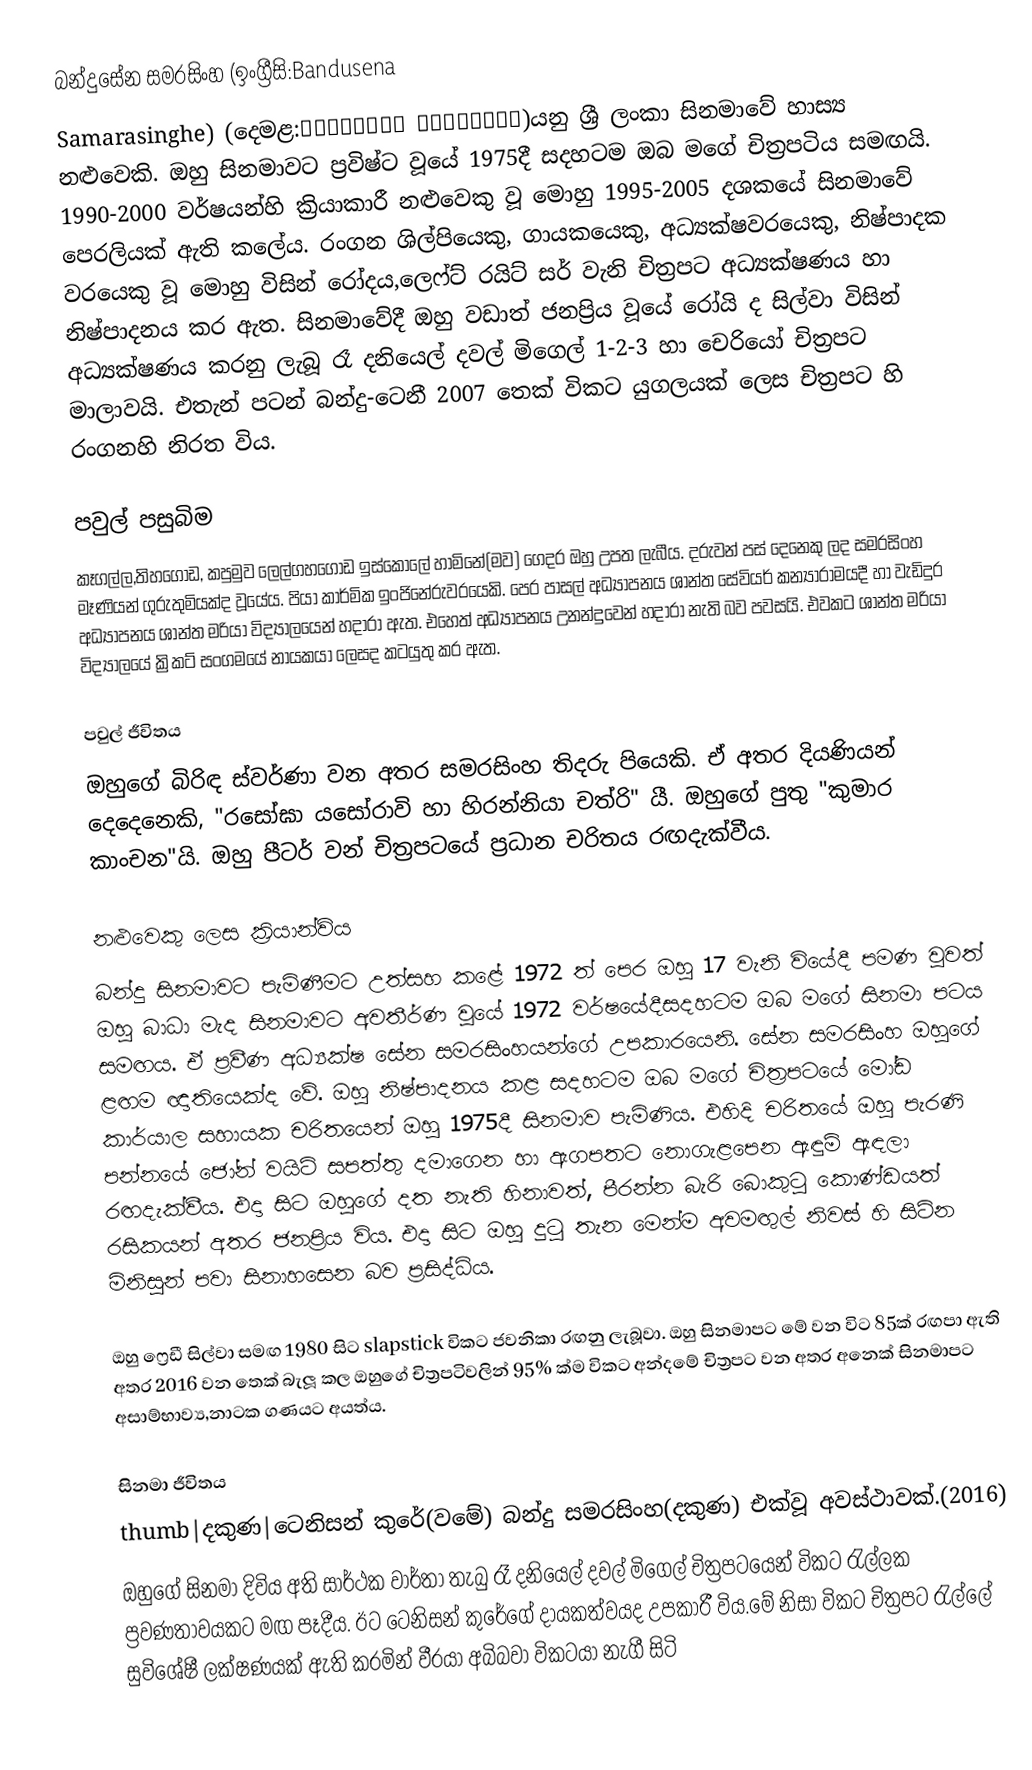
බන්දුසේන සමරසිංහ (ඉංග්‍රීසි:Bandusena
 Samarasinghe) (දෙමළ:பந்துசேன சமரசிங்க)යනු ශ්‍රී ලංකා සිනමාවේ හාස්‍ය නළුවෙකි. ඔහු සිනමාවට ප්‍රවිෂ්ට වූයේ 1975දී සදහටම ඔබ මගේ චිත්‍රපටිය සමඟයි. 1990-2000 වර්ෂයන්හි ක්‍රියාකාරී නළුවෙකු වූ මොහු 1995-2005 දශකයේ සිනමාවේ පෙරලියක් ඇති කලේය. රංගන ශිල්පියෙකු, ගායකයෙකු, අධ්‍යක්ෂවරයෙකු, නිෂ්පාදක වරයෙකු වූ මොහු විසින් රෝදය,ලෙෆ්ට් රයිට් සර් වැනි චිත්‍රපට අධ්‍යක්ෂණය හා නිෂ්පාදනය කර ඇත. සිනමාවේදී ඔහු වඩාත් ජනප්‍රිය වූයේ රෝයි ද සිල්වා විසින් අධ්‍යක්ෂණය කරනු ලැබූ රෑ දනියෙල් දවල් මිගෙල් 1-2-3 හා චෙරියෝ චිත්‍රපට මාලාවයි. එතැන් පටන් බන්දු-ටෙනී 2007 තෙක් විකට යුගලයක් ලෙස චිත්‍රපට හි රංගනහි නිරත විය.

පවුල් පසුබිම
කෑගල්ල,තිහගොඩ, කපුමුව ලෙල්ගහගොඩ ඉස්කෝලේ හාමිනේ(මව) ගෙදර ඔහු උපත ලැබීය. දරුවන් පස් දෙනෙකු ලද සමරසිංහ මෑණියන් ගුරුතුමියක්ද වූයේය. පියා කාර්මික ඉංජිනේරුවරයෙකි. පෙර පාසල් අධ්‍යාපනය ශාන්ත සේවියර් කන්‍යාරාමයදී හා වැඩිදුර අධ්‍යාපනය  ශාන්ත මරියා විද්‍යාලයෙන් හදාරා ඇත. එහෙත් අධ්‍යාපනය උනන්දුවෙන් හදාරා නැති බව පවසයි. එවකට ශාන්ත මරියා විද්‍යාලයේ ක්‍රිකට් සංගමයේ නායකයා ලෙසද කටයුතු කර ඇත.

පවුල් ජීවිතය
ඔහුගේ බිරිඳ ස්වර්ණා වන අතර සමරසිංහ තිදරු පියෙකි. ඒ අතර දියණියන් දෙදෙනෙකි, "රසෝඝා යසෝරාවි හා හිරන්නියා චත්රි" යී. ඔහුගේ පුතු "කුමාර කාංචන"යි. ඔහු පීටර් වන් චිත්‍රපටයේ ප්‍රධාන චරිතය රඟදැක්වීය.

නළුවෙකු ලෙස ක්‍රියාන්විය
බන්දු සිනමාවට පැමිණීමට උත්සහ කළේ 1972 ත් පෙර ඔහු 17 වැනි වියේදී පමණ වුවත් ඔහු බාධා මැද සිනමාවට අවතීර්ණ වූයේ 1972 වර්ෂයේදීසදහටම ඔබ මගේ සිනමා පටය සමඟය. ඒ ප්‍රවීණ අධ්‍යක්ෂ සේන සමරසිංහයන්ගේ උපකාරයෙනි. සේන සමරසිංහ ඔහුගේ ළඟම ඥාතියෙක්ද වේ. ඔහු නිෂ්පාදනය කළ සදහටම ඔබ මගේ චිත්‍රපටයේ මෝඩ කාර්යාල සහායක චරිතයෙන් ඔහු 1975දී සිනමාව පැමිණිය. එහිදි චරිතයේ ඔහු පැරණි පන්නයේ ජෝන් වයිට් සපත්තු දමාගෙන හා ඇගපතට නොගැළපෙන ඇඳුම් ඇඳලා රඟදැක්වීය. එදා සිට ඔහුගේ දත නැති හිනාවත්, පීරන්න බැරි බොකුටු කොණ්ඩයත් රසිකයන් අතර ජනප්‍රිය විය. එදා සිට ඔහු දුටු තැන මෙන්ම අවමඟුල් නිවස් හි සිටින මිනිසුන් පවා සිනාහසෙන බව ප්‍රසිද්ධිය.

ඔහු ෆ්‍රෙඩී සිල්වා සමඟ 1980 සිට slapstick විකට ජවනිකා රඟනු ලැබූවා. ඔහු සිනමාපට මේ වන විට 85ක් රඟපා ඇති අතර 2016 වන තෙක් බැලූ කල ඔහුගේ චිත්‍රපටිවලින් 95% ක්ම විකට අන්දමේ චිත්‍රපට වන අතර අනෙක් සිනමාපට අසාම්භාව්‍ය,නාටක ගණයට අයත්ය.

සිනමා ජීවිතය
thumb|දකුණ|ටෙනිසන් කුරේ(වමේ)  බන්දු සමරසිංහ(දකුණ) එක්වූ අවස්ථාවක්.(2016)
ඔහුගේ සිනමා දිවිය අති සාර්ථක වාර්තා තැබු රෑ දනියෙල් දවල් මිගෙල් චිත්‍රපටයෙන් විකට රැල්ලක ප්‍රවණතාවයකට මඟ පෑදීය. ඊට ටෙනිසන් කුරේගේ දායකත්වයද උපකාරී විය.මේ නිසා විකට චිත්‍රපට රැල්ලේ සුවිශේෂී ලක්ෂණයක් ඇති කරමින් වීරයා අබිබවා විකටයා නැගී සිටි